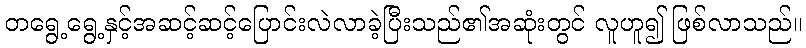
တရွေ့ရွေ့နှင့်အဆင့်ဆင့်ပြောင်းလဲလာခဲ့ပြီးသည်၏အဆုံးတွင် လူဟူ၍ ဖြစ်လာသည်။